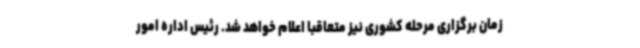
زمان برگزاری مرحله کشوری نیز متعاقباً اعلام خواهد شد. رئیس اداره امور